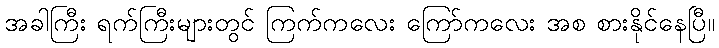
အခါကြီး ရက်ကြီးများတွင် ကြက်ကလေး ကြော်ကလေး အစ စားနိုင်နေပြီ။